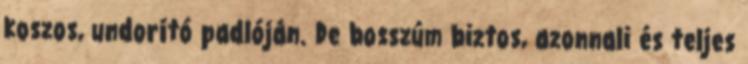
koszos, undorító padlóján. De bosszúm biztos, azonnali és teljes